Calcutta medical institutions reports 1879-81 [i.e.91]
Year: 1879
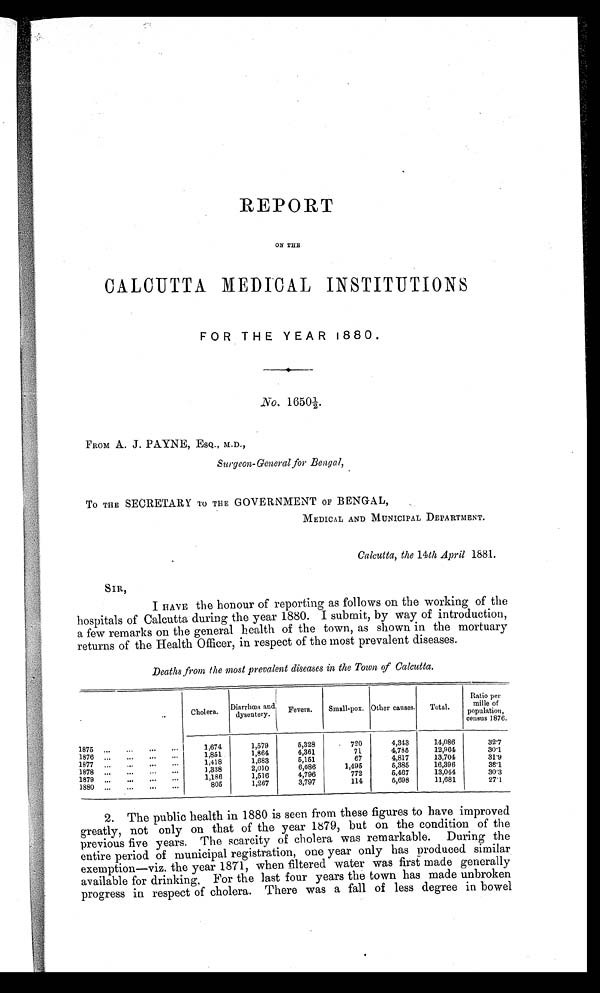
REPORT
ON THE
CALCUTTA MEDICAL INSTITUTIONS
FOR THE YEAR 1880.
No. 1650½.
FROM A. J. PAYNE, ESQ., M.D.,
Surgeon-General for Bengal,
To THE SECRETARY TO THE GOVERNMENT OF BENGAL,
MEDICAL AND MUNICIPAL DEPARTMENT.
Calcutta, the 14th April 1881.
SIR,
I HAVE the honour of reporting as follows on the working of the
hospitals of Calcutta during the year 1880. I submit, by way of introduction,
a few remarks on the general health of the town, as shown in the mortuary
returns of the Health Officer, in respect of the most prevalent diseases.
Deaths from the most prevalent diseases in the Town of Calcutta.
Cholera. Diarrhœa an
dysentery. Fevers. Small-pox. Other causes. Total.
Ratio per
mille of
population,
census 1876.
1875
1,674
1,579
5,328
720
4,343
14,086
32.7
1876
1,851
1,864
4,361
71
4,785
12,964
3 0 . 1
1877
1,418
1,683
5,151
67
4,817
13,704
31.9
1878
1,338
2,010
6,086
1,495
5,385
16,396
3 8 . 1
1879
1,186
1,516
4,796
772
5,467
13,044
30.3
1880
805
1,267
3,797
114
5,698
11,681
27.1
2. The public health in 1880 is seen from these figures to have improved
greatly, not only on that of the year 1879, but on the condition of the
previous five years. The scarcity of cholera was remarkable. During the
entire period of municipal registration, one year only has produced similar
exemption—viz. the year 1871, when filtered water was first made generally
avai l abl e f or dr i nki ng. For t he l ast f our year s t he t own has made unbr oken
progress in respect of cholera. There was a fall of less degree in bowel